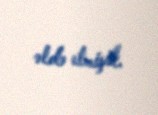
əldə etmişik.